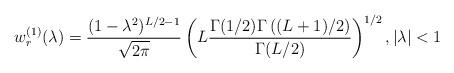
LaTeX: \begin{align*}w_r^{(1)}(\lambda)=\frac{(1-\lambda^2)^{L/2-1}}{\sqrt{2\pi}}\left(L\frac{\Gamma(1/2)\Gamma\left((L+1)/2\right)}{\Gamma(L/2)}\right)^{1/2},|\lambda|<1\end{align*}